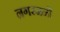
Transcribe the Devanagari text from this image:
नगरजनों